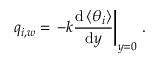
q _ { i , w } = \left. - k \frac { \mathrm { d } \left< \theta _ { i } \right> } { \mathrm { d } y } \right\rvert _ { y = 0 } \, .